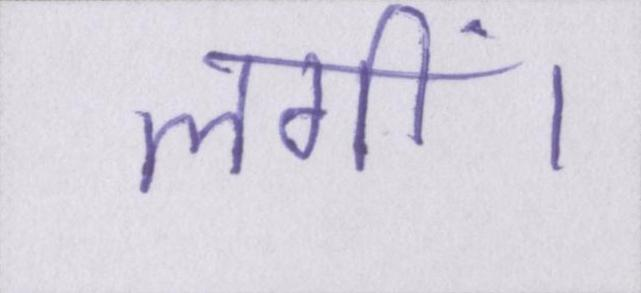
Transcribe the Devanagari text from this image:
लगीं।